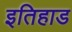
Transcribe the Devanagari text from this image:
इतिहाड